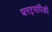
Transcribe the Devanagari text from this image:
घरट्यांपैकी